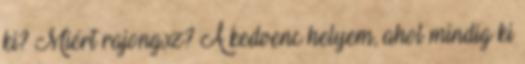
ki? Miért rajongsz? A kedvenc helyem, ahol mindig ki